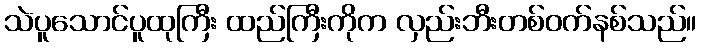
သဲပူသောင်ပူထုကြီး ထည်ကြီးကိုက လှည်းဘီးတစ်ဝက်နစ်သည်။